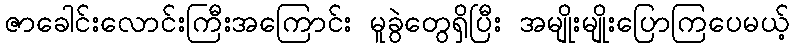
ဇာခေါင်းလောင်းကြီးအကြောင်း မူခွဲတွေရှိပြီး အမျိုးမျိုးပြောကြပေမယ့်